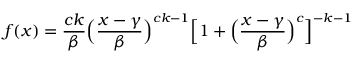
f ( x ) = { \frac { c k } { \beta } } { \Big ( } { \frac { x - \gamma } { \beta } } { \Big ) } ^ { c k - 1 } { \Big [ } 1 + { \Big ( } { \frac { x - \gamma } { \beta } } { \Big ) } ^ { c } { \Big ] } ^ { - k - 1 }